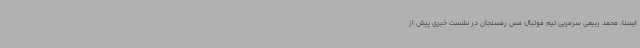
ایسنا، محمد ربیعی سرمربی تیم فوتبال مس رفسنجان در نشست خبری پیش از